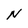
Character: N